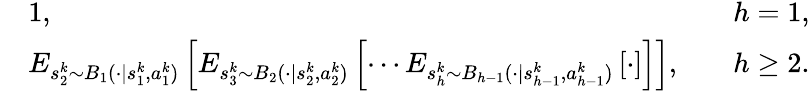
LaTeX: \begin{array}{rlr}&{1,\quad}&{h=1,}\\ &{E_{s_{2}^{k}\sim B_{1}(\cdot\vert s_{1}^{k},a_{1}^{k})}\left[E_{s_{3}^{k}\sim B_{2}(\cdot\vert s_{2}^{k},a_{2}^{k})}\left[\cdots E_{s_{h}^{k}\sim B_{h-1}(\cdot\vert s_{h-1}^{k},a_{h-1}^{k})}\left[\cdot\right]\right]\right],\quad}&{h\geq 2.}\end{array}